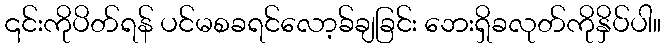
၎င်းကိုပိတ်ရန် ပင်မစခရင်လော့ခ်ချခြင်း ဘေးရှိခလုတ်ကိုနှိပ်ပါ။